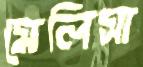
মেলিসা